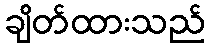
ချိတ်ထားသည်